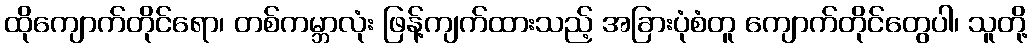
ထိုကျောက်တိုင်ရော၊ တစ်ကမ္ဘာလုံး ဖြန့်ကျက်ထားသည့် အခြားပုံစံတူ ကျောက်တိုင်တွေပါ၊ သူတို့